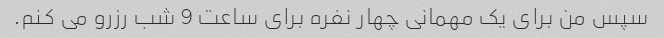
سپس من برای یک مهمانی چهار نفره برای ساعت 9 شب رزرو می کنم.